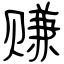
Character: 赚